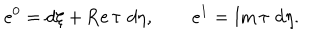
LaTeX: e ^ { 0 } = d \xi + \mathrm { R e } \, \tau \, \, d \eta , \quad \quad e ^ { 1 } = \mathrm { I m } \, \tau \, \, d \eta .